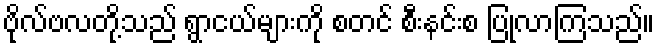
ဗိုလ်ဗလတို့သည် ရွာငယ်များကို စတင် စီးနင်းစ ပြုလာကြသည်။